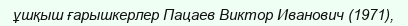
ұшқыш ғарышкерлер Пацаев Виктор Иванович (1971),